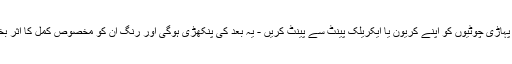
12. اب پہاڑی چوٹیوں کو اپنے کریون یا ایکریلک پینٹ سے پینٹ کریں - یہ بعد کی پنکھڑی ہوگی اور رنگ ان کو مخصوص کمل کا اثر بخشتا ہے۔